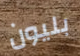
بليون